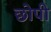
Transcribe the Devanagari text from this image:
छोपी